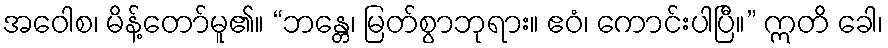
အဝေါစ၊ မိန့်တော်မူ၏။ “ဘန္တေ၊ မြတ်စွာဘုရား။ ဧဝံ၊ ကောင်းပါပြီ။” ဣတိ ခေါ၊